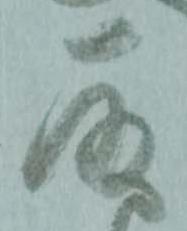
取